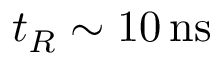
t _ { R } \sim 1 0 \, \mathrm { n s }